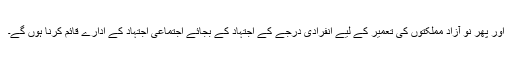
اور پھر نو آزاد مملکتوں کی تعمیر کے لیے انفرادی درجے کے اجتہاد کے بجائے اجتماعی اجتہاد کے ادارے قائم کرنا ہوں گے۔